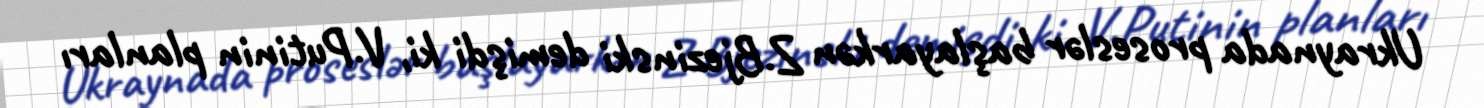
Ukraynada proseslər başlayarkən Z.Bjezinski demişdi ki, V.Putinin planları